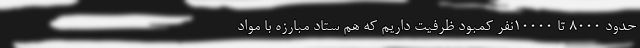
حدود ۸۰۰۰ تا ۱۰۰۰۰نفر کمبود ظرفیت داریم که هم ستاد مبارزه با مواد